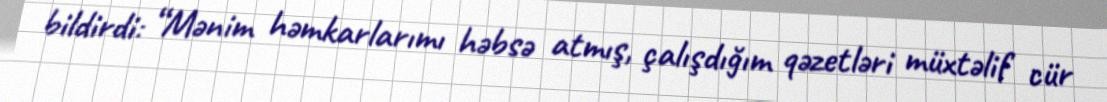
bildirdi: “Mənim həmkarlarımı həbsə atmış, çalışdığım qəzetləri müxtəlif cür